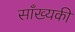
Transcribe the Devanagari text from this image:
साँख्यकी